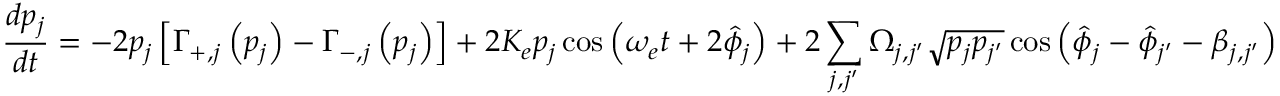
\frac { d p _ { j } } { d t } = - 2 p _ { j } \left[ \Gamma _ { + , j } \left( p _ { j } \right) - \Gamma _ { - , j } \left( p _ { j } \right) \right] + 2 K _ { e } p _ { j } \cos \left( \omega _ { e } t + 2 \hat { \phi } _ { j } \right) + 2 \sum _ { j , j ^ { \prime } } \Omega _ { j , j ^ { \prime } } \sqrt { p _ { j } p _ { j ^ { \prime } } } \cos \left( \hat { \phi } _ { j } - \hat { \phi } _ { j ^ { \prime } } - \beta _ { j , j ^ { \prime } } \right)